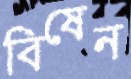
বিষেন